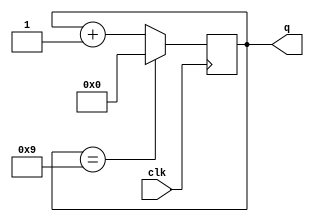

module decade_counter ( q, clk );
  output reg [3:0] q=0;
   input clk;
  always @(posedge clk)
  q <= q == 9 ? 0 : q + 1;
endmodule

// listing all inputs and outputs, by convention outputs go first

 module decoded_counter ( output ctrl, input  clk );
  reg [3:0] count_value=0;
  always @(posedge clk)
  count_value <= count_value + 1;
  assign ctrl = count_value == 4'b0111 || count_value == 4'b1011;
endmodule